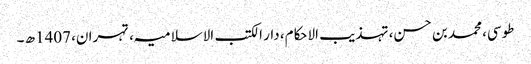
طوسی، محمد بن حسن، تہذیب الاحکام، دار الکتب الاسلامیہ، تہران، 1407ھ ۔